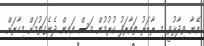
އޭނާ ވިދާޅުވީ މި ރާޑަރު ތައާރަފު ކުރުމުން މަސް އައިން ދެނެގަތުމަށް މިހާރަށް